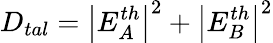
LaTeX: D_{tal}=\left|E_{A}^{th}\right|^{2}+\left|E_{B}^{th}\right|^{2}